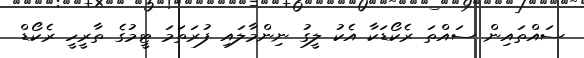
ސައްތައިން ސައްތަ ރެކޯޑަކާ އެކު ލީގު ނިންމާލައި ފުރަތަމަ ޓީމުގެ ތާރީހީ ރެކޯޑް